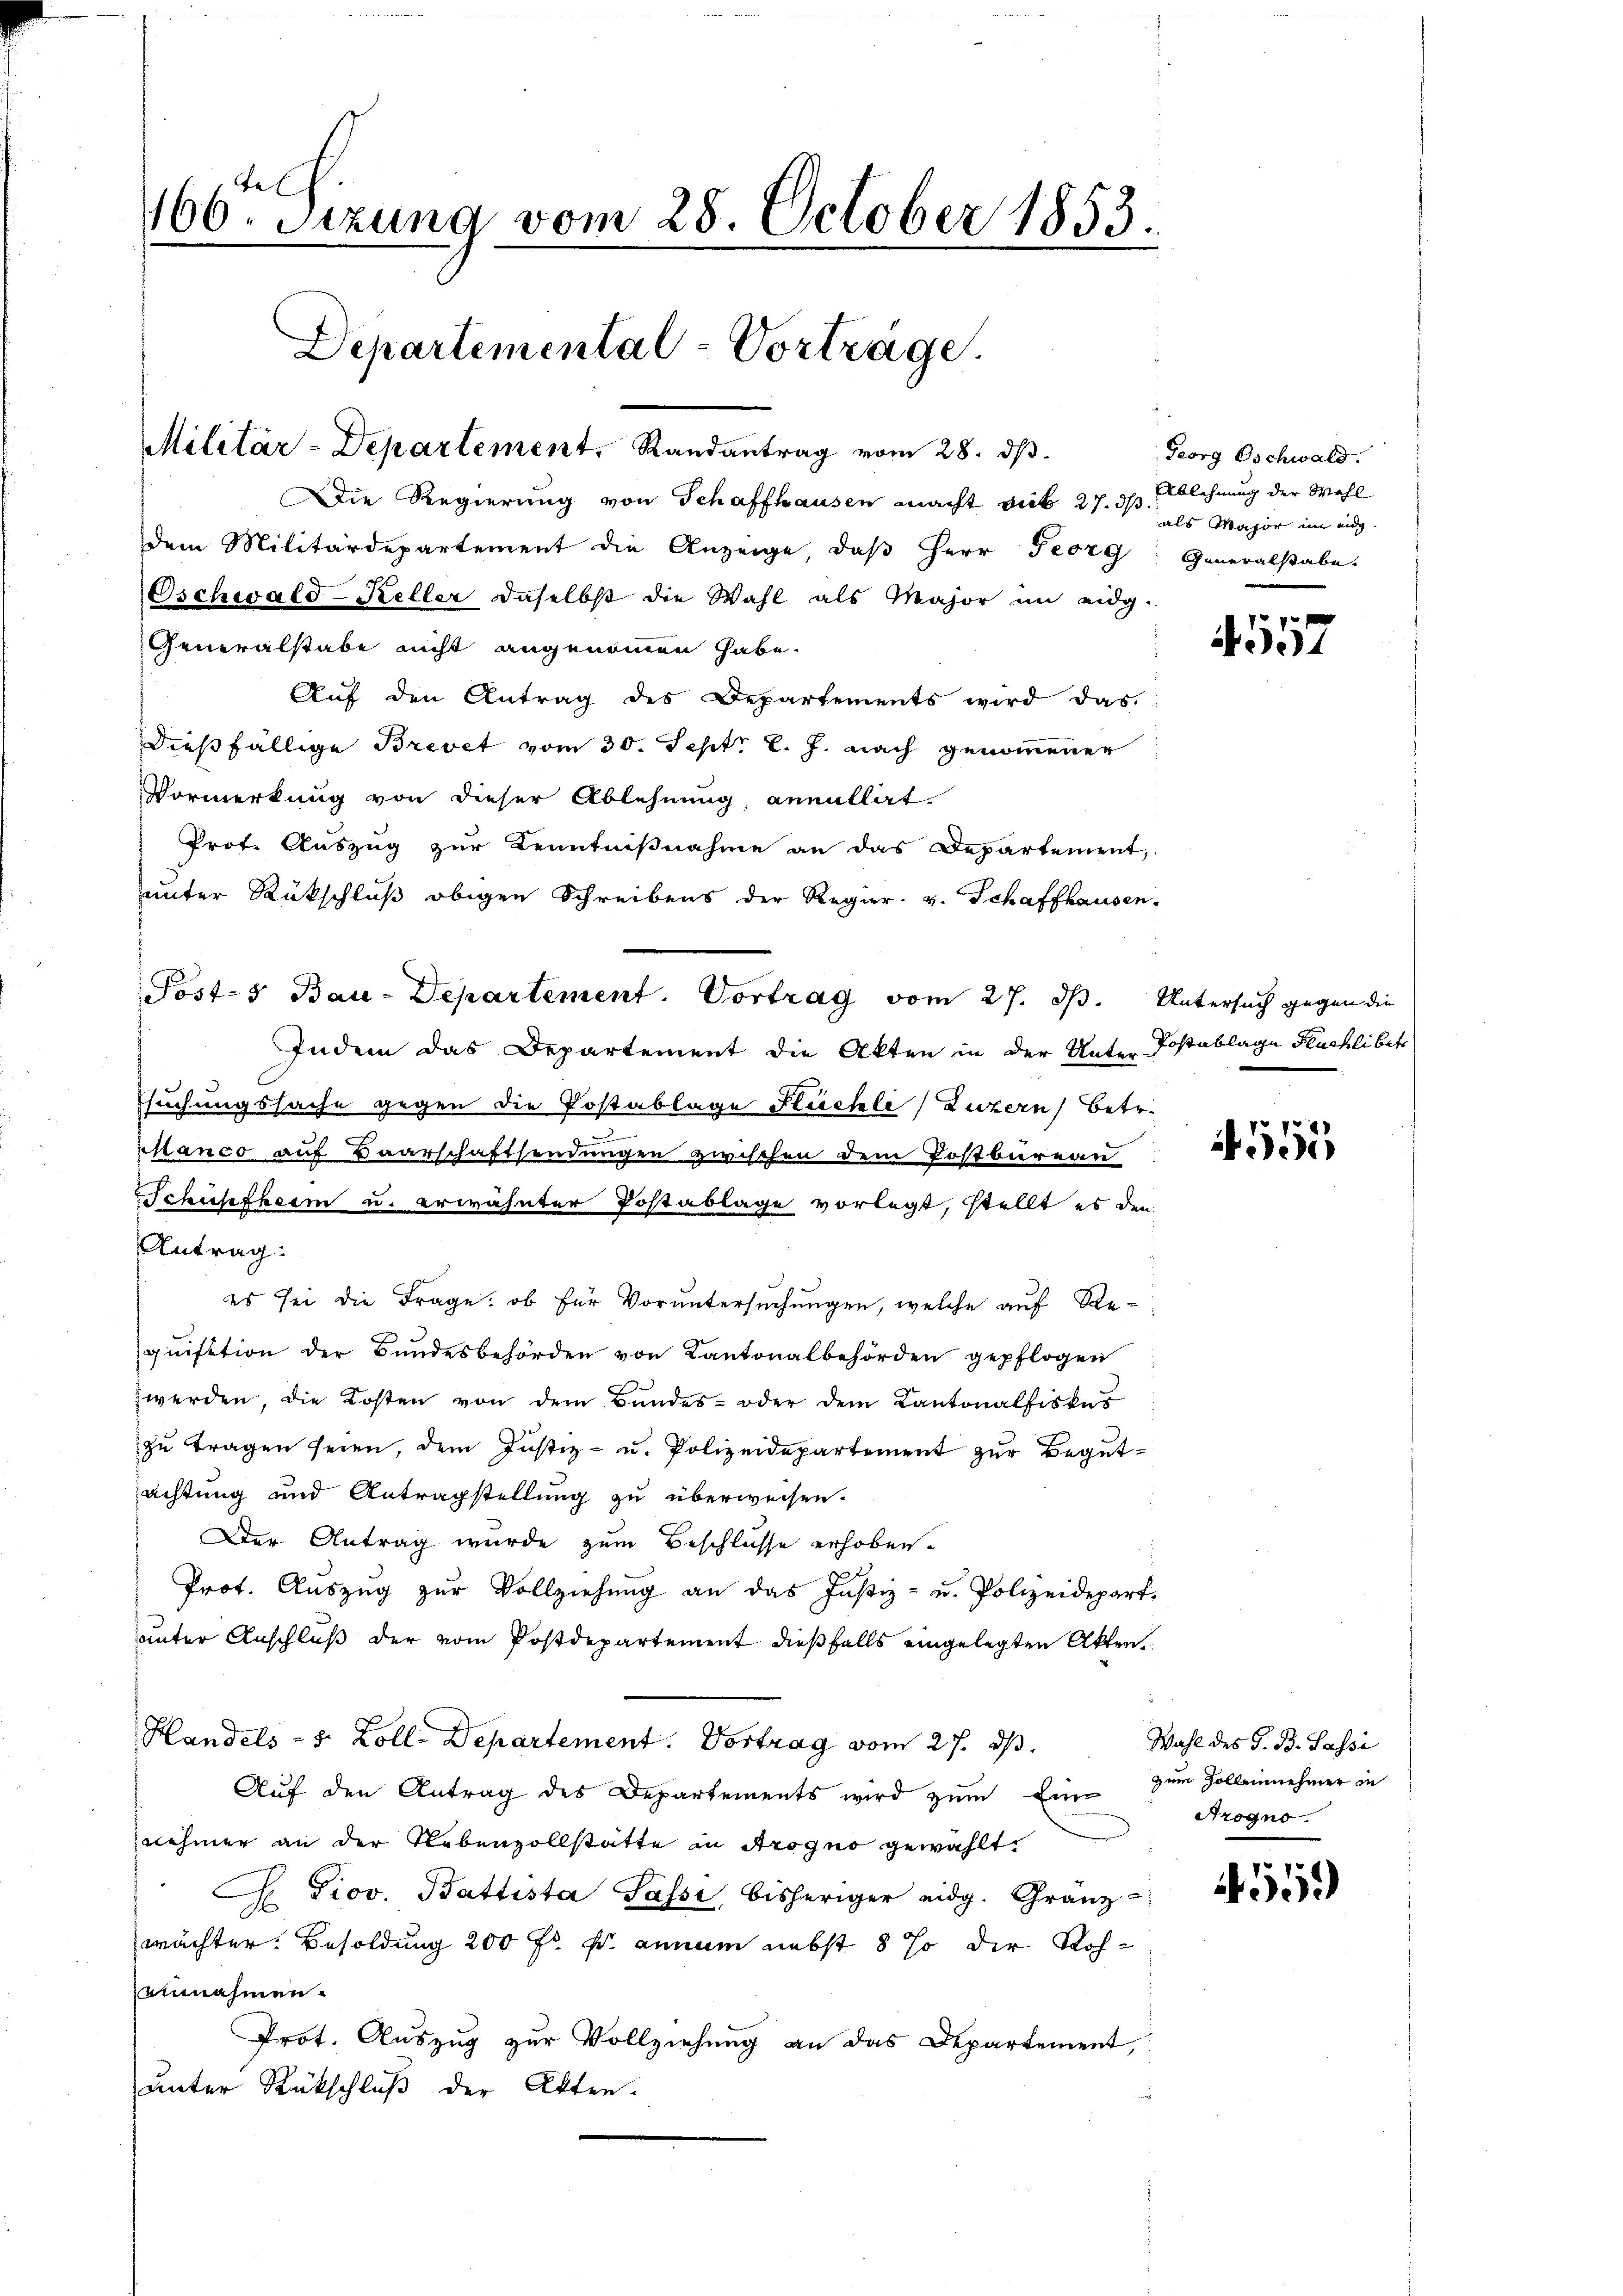
tel
166. Sizung vom 28. October 1853.

Departemental-Vorträge.
Militär-Departement, Randantrag vom 28. dβ.

Die Regierung von Schaffhausen macht dick 27. d. des Major im eidg
dem Militärdepartement die Anzeige, daß Herr Georg Generalstabe
Oschwald-Keller daselbst die Wahl als Major im eidg.
Generalstabe nicht angenommen habe.
Auf den Antrag des Departements wird das
dießfällige Brevet vom 30. Sept. l. J. nach genommener
Vormerkung von dieser Ablehnung, annullat
Prot. Auszug zur Kenntnißnahme an das Departement,
unter Rückschluß obigen Schreibens der Regier. v. Schaffhausen,
Indem das Departement die Akten in der Unter-Postablage Fluchli bet
suchungssache gegen die Postablage Flächli (Luzern) Betr.
phanco auf Baarschaftsendungen zwischen dem Postbureau
chüpfheim u. erwähnter Postablage vorlegt, stellt es den
Antrag:
es sei die Frage: ob für Voruntersuchungen, welche auf Requisition der Bundesbehörden von Kantonalbehörden gepflogen
zwerden, die Kosten von dem Bundes- oder dem Kantonalfiskus
zu tragen seien, dem Justiz- u. Polizeidepartement zur Begutachtung und Antragstellung zu überweisen.
Der Antrag wurde zum Beschlüsse erhoben.
Prot. Auszug zur Vollziehung an das Justiz- u. Polizeidepart.
unter Anschluß der vom Postdepartement dießfalls eingelegten Akten¬
Handels - 5 Zoll. Departement. Vortrag vom 27. ds.
Aŭf den Antrag des Departements wird zŭm Ein- zum Zolleinehmer in
nehmer an der Nebenzollstatte in Arogno gewählt.
C. Giov. Battista Passi, bisheriger eidg. Gränz
wächter. Besoldung 200 fr. f. annum nebst 8 so der Roheinnahmen.
Prot. Auszug zur Vollziehung an das Departement,
unter Rückschluß der Akten.

Posts Bau-Departement. Vortrag vom 27. ds. Untersuch gegen die

Georg Oschwald.
Ablehnung der Wahl

4557

4555

Wahl des G. B. Passi
Arogno.

4559)